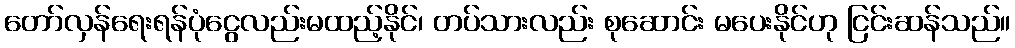
တော်လှန်ရေးရန်ပုံငွေလည်းမထည့်နိုင်၊ တပ်သားလည်း စုဆောင်း မပေးနိုင်ဟု ငြင်းဆန်သည်။